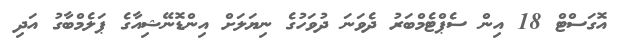
އޮގަސްޓް 18 އިން ސެޕްޓެމްބަރު ދެވަނަ ދުވަހުގެ ނިޔަލަށް އިންޑޮނޭޝިއާގެ ޕަލެމްބާގު އަދި